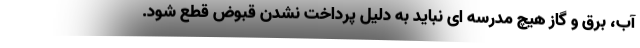
آب، برق و گاز هیچ مدرسه ای نباید به دلیل پرداخت نشدن قبوض قطع شود.